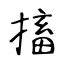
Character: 搐